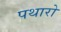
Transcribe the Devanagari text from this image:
पथारो